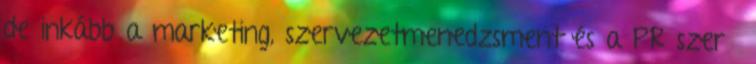
de inkább a marketing, szervezetmenedzsment és a PR szerű